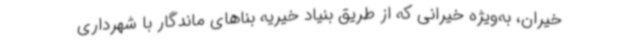
خیران، به‌ویژه خیرانی که از طریق بنیاد خیریه بناهای ماندگار با شهرداری